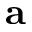
{ \bf a }